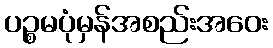
ပဉ္စမပုံမှန်အစည်းအဝေး